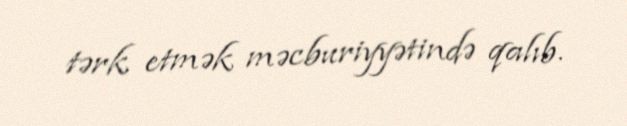
tərk etmək məcburiyyətində qalıb.